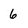
Character: 6